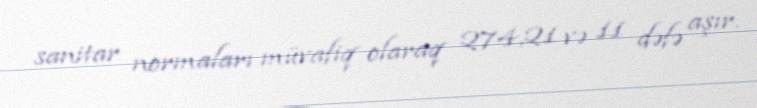
sanitar normaları müvafiq olaraq 274,21 və 11 dəfə aşır.